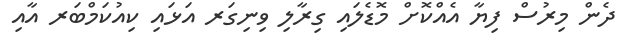
ދެން މިރުސް ފިޔާ އެއްކޮށް މޮޑެލައި ގިރާލި ވިނިގަރ އަޅައި ކިއުކަމްބަރ އާއި